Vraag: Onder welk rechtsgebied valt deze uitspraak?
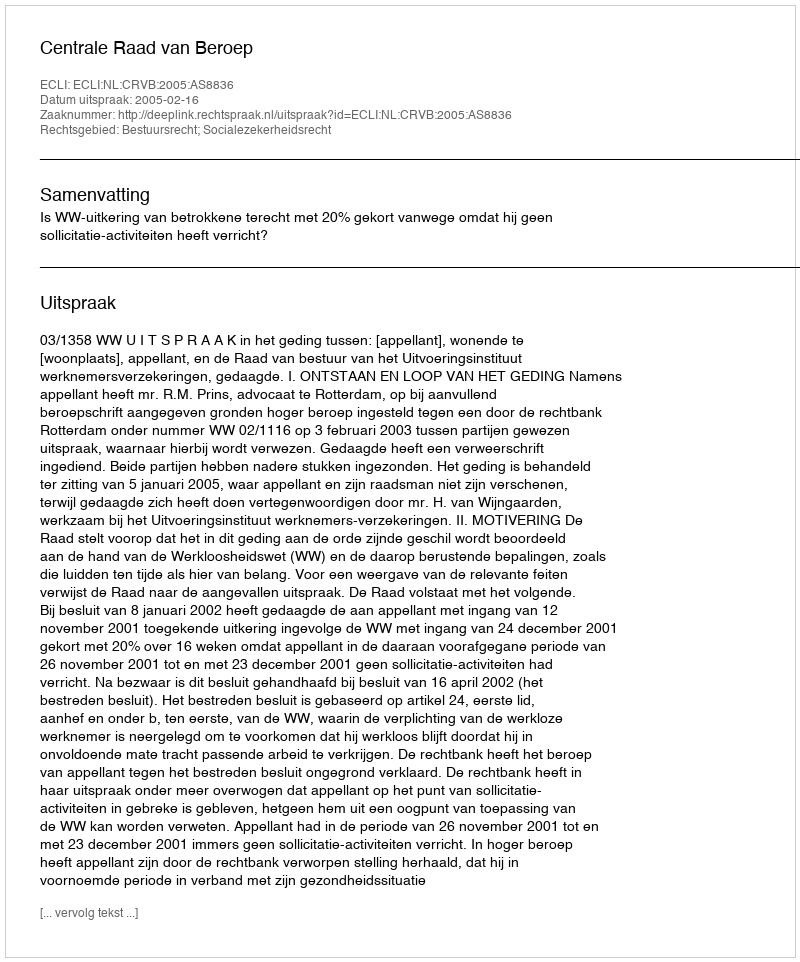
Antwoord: Bestuursrecht; Socialezekerheidsrecht